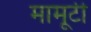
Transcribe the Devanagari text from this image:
मामूटी